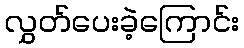
လွှတ်ပေးခဲ့ကြောင်း